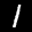
Label: 1